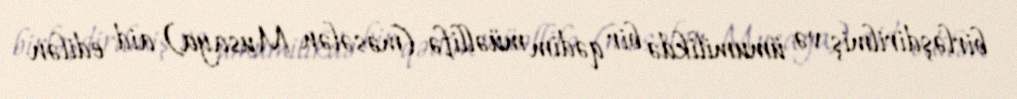
birləşdirilmiş və ümumilikdə bir qədim müəllifə (məsələn Musaya) aid edilən